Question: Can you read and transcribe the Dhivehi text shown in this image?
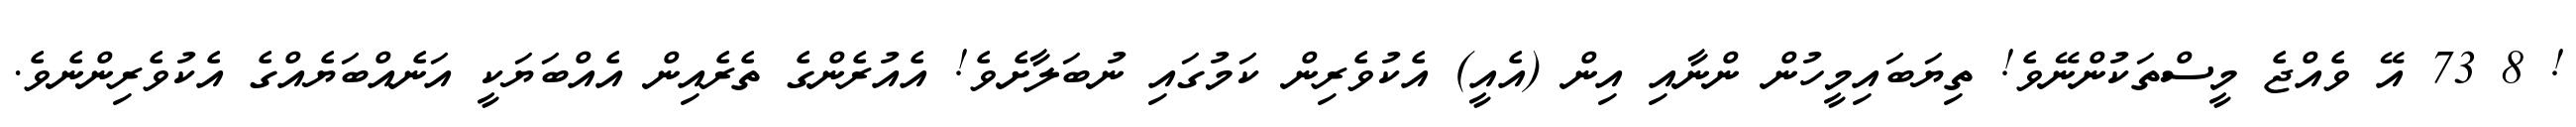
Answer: ! 8 73 އޭ ވެއްޖެ މީސްތަކުންނޭވެ! ތިޔަބައިމީހުން ންނާއި އިން (އެއީ) އެކުވެރިން ކަމުގައި ނުބަލާށެވެ! އެއުރެންގެ ތެރެއިން އެއްބަޔަކީ އަނެއްބަޔެއްގެ އެކުވެރިންނެވެ.